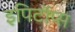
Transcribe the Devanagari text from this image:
इपिटॉप्स